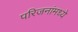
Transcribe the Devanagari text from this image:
परिजनांमध्ये